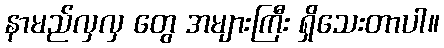
နာမည်လှလှ တွေ အများကြီး ရှိသေးတာပါ။